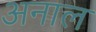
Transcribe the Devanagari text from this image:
अनाल